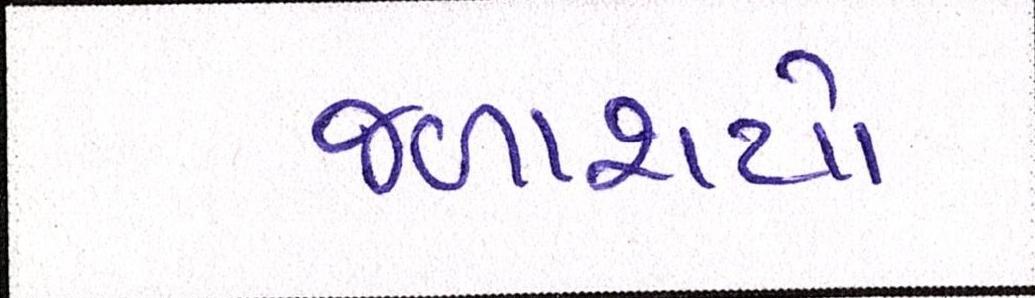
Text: જળાશયો